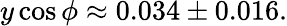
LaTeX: y\cos\phi\approx 0.034\pm 0.016.